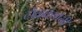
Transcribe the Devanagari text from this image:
टोळक्यांनी